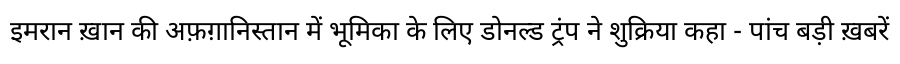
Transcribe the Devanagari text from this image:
इमरान ख़ान की अफ़ग़ानिस्तान में भूमिका के लिए डोनल्ड ट्रंप ने शुक्रिया कहा - पांच बड़ी ख़बरें